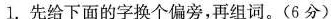
1.先给下面的字换个偏旁，再组词。(6分)